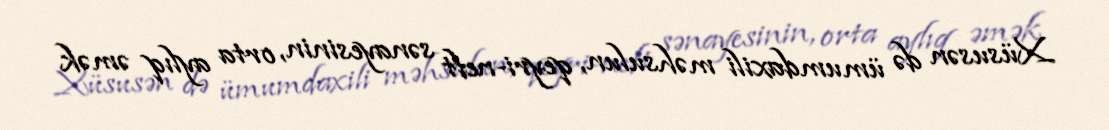
Xüsusən də ümumdaxili məhsulun, qeyri-neft sənayesinin, orta aylıq əmək